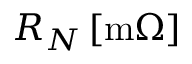
R _ { N } \, [ \mathrm { m } \Omega ]